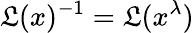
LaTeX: \mathfrak{L}(x)^{-1}=\mathfrak{L}(x^{\lambda})